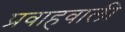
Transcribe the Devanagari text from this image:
प्रवाहवाली